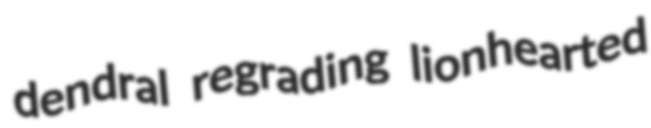
dendral regrading lionhearted